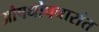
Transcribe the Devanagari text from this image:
औषधोपचारांत